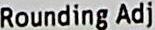
ROUNDING ADJ